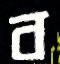
ব